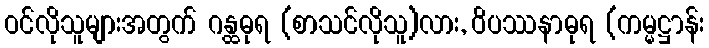
ဝင်လိုသူများအတွက် ဂန္ထဓုရ (စာသင်လိုသူ)လား, ဝိပဿနာဓုရ (ကမ္မဋ္ဌာန်း